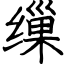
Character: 缫